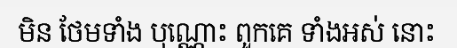
មិន ថែមទាំង បុណ្ណោះ ពួកគេ ទាំងអស់ នោះ